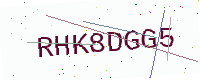
Text: RHK8DGG5